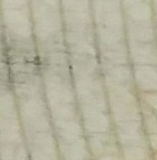
موقف رئيسي